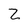
Character: Z